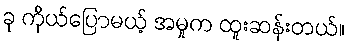
ခု ကိုယ်ပြောမယ့် အမှုက ထူးဆန်းတယ်။